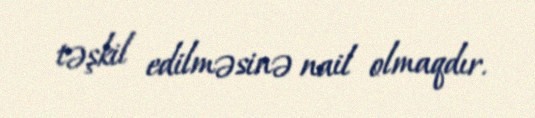
təşkil edilməsinə nail olmaqdır.